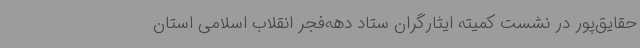
حقایق‌پور در نشست کمیته ایثارگران ستاد دهه‌فجر انقلاب اسلامی استان